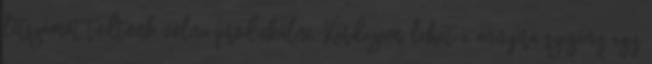
létszámot tudtunk volna produkálni. Kérdezem, lehet-e annyira szegény egy